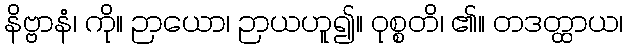
နိဗ္ဗာနံ၊ ကို။ ဉာယော၊ ဉာယဟူ၍။ ဝုစ္စတိ၊ ၏။ တဒတ္ထာယ၊